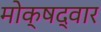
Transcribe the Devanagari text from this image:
मोक्षद्वार